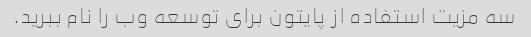
سه مزیت استفاده از پایتون برای توسعه وب را نام ببرید.